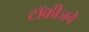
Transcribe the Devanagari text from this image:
टॉकीजचे